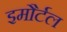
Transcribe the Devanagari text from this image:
इमौर्टल